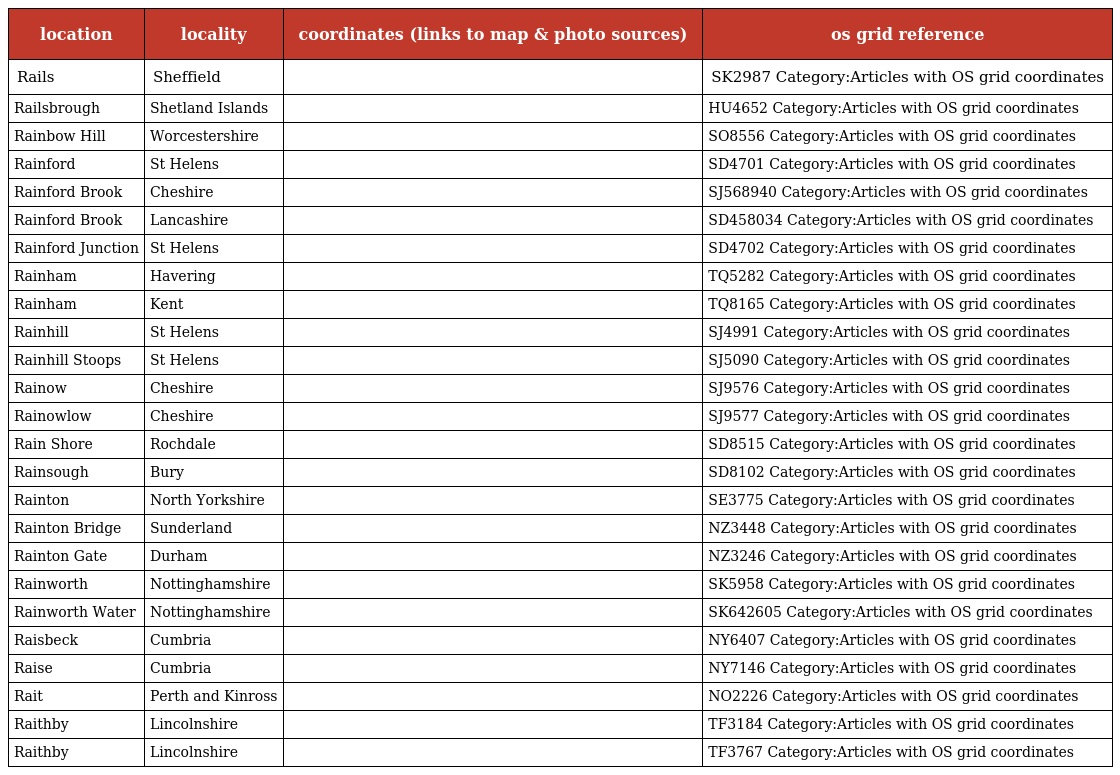
| location | locality | coordinates (links to map & photo sources) | os grid reference |
 | --- | --- | --- | --- |
 | Rails | Sheffield |  | SK2987 Category:Articles with OS grid coordinates |
 | Railsbrough | Shetland Islands |  | HU4652 Category:Articles with OS grid coordinates |
 | Rainbow Hill | Worcestershire |  | SO8556 Category:Articles with OS grid coordinates |
 | Rainford | St Helens |  | SD4701 Category:Articles with OS grid coordinates |
 | Rainford Brook | Cheshire |  | SJ568940 Category:Articles with OS grid coordinates |
 | Rainford Brook | Lancashire |  | SD458034 Category:Articles with OS grid coordinates |
 | Rainford Junction | St Helens |  | SD4702 Category:Articles with OS grid coordinates |
 | Rainham | Havering |  | TQ5282 Category:Articles with OS grid coordinates |
 | Rainham | Kent |  | TQ8165 Category:Articles with OS grid coordinates |
 | Rainhill | St Helens |  | SJ4991 Category:Articles with OS grid coordinates |
 | Rainhill Stoops | St Helens |  | SJ5090 Category:Articles with OS grid coordinates |
 | Rainow | Cheshire |  | SJ9576 Category:Articles with OS grid coordinates |
 | Rainowlow | Cheshire |  | SJ9577 Category:Articles with OS grid coordinates |
 | Rain Shore | Rochdale |  | SD8515 Category:Articles with OS grid coordinates |
 | Rainsough | Bury |  | SD8102 Category:Articles with OS grid coordinates |
 | Rainton | North Yorkshire |  | SE3775 Category:Articles with OS grid coordinates |
 | Rainton Bridge | Sunderland |  | NZ3448 Category:Articles with OS grid coordinates |
 | Rainton Gate | Durham |  | NZ3246 Category:Articles with OS grid coordinates |
 | Rainworth | Nottinghamshire |  | SK5958 Category:Articles with OS grid coordinates |
 | Rainworth Water | Nottinghamshire |  | SK642605 Category:Articles with OS grid coordinates |
 | Raisbeck | Cumbria |  | NY6407 Category:Articles with OS grid coordinates |
 | Raise | Cumbria |  | NY7146 Category:Articles with OS grid coordinates |
 | Rait | Perth and Kinross |  | NO2226 Category:Articles with OS grid coordinates |
 | Raithby | Lincolnshire |  | TF3184 Category:Articles with OS grid coordinates |
 | Raithby | Lincolnshire |  | TF3767 Category:Articles with OS grid coordinates |